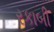
રકાબી